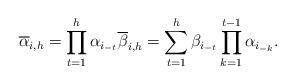
LaTeX: \begin{align*}\overline{\alpha}_{i,h}=\prod_{t=1}^h{\alpha_{i_{-t}}}\overline{\beta}_{i,h}=\sum_{t=1}^h{\beta_{i_{-t}}\prod_{k=1}^{t-1}{\alpha_{i_{-k}}}}.\end{align*}